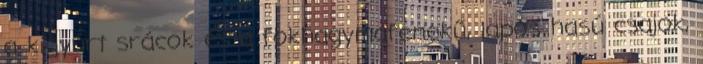
a kigyúrt srácok és a fokhagymafenekű, lapos hasú csajok,